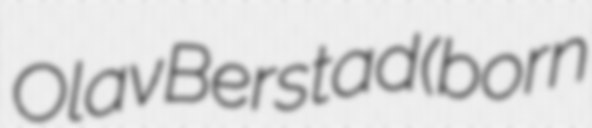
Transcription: Olav Berstad (born